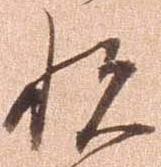
悦